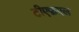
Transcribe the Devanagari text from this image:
टीएफ़एल